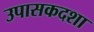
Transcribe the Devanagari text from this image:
उपासकदशा